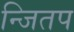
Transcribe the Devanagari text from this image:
न्जितप